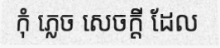
កុំ ភ្លេច សេចក្តី ដែល